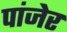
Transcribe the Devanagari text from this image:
पांजेर